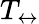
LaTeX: T_{\leftrightarrow}